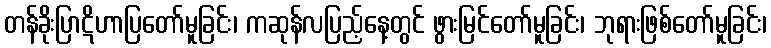
တန်ခိုးပြာဋိဟာပြတော်မူခြင်း၊ ကဆုန်လပြည့်နေ့တွင် ဖွားမြင်တော်မူခြင်း၊ ဘုရားဖြစ်တော်မူခြင်း၊